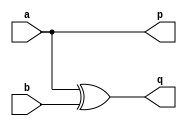
`timescale 1ns / 1ps
//////////////////////////////////////////////////////////////////////////////////
// Company:  KJSCE BE Project
// 
// Design Name: 
// Module Name: gates
// Project Name: 1 Bit ALU_Rev Gates 
// Target Devices: N/A 
// Tool Versions: 
// Description: 
// 
// Dependencies: 
// 
// Revision:
// Revision 0.01 - File Created
// Additional Comments:
// 
//////////////////////////////////////////////////////////////////////////////////

module  feyGate(a, b, p, q);
	input a,b;
	output p,q;
	assign p=a;
	assign q=a^b;
endmodule

module fredGate (a,b,c,p,q,r);
	input a,b,c;
	output p,q,r;
	assign p=a;
	assign q=((~a)&b)^(a&c);
	assign r=((~a)&c)^(a&b);
endmodule

module tofGate (a,b,c,p,q,r);
	input a,b,c;
	output p,q,r;	
	assign p=a;
	assign q=b;
	assign r=(a&b)^c;
endmodule

module dpgGate(a,b,c,d,p,q,r,s);
	input a,b,c,d;
	output p,q,r,s;	
	assign p=a;
	assign q=(a^b);
	assign r=(a^b^c);
	assign s=(((a^b)&c)^((a&b)^d));
endmodule

module dkgGate(a,b,c,d,p,q,r,s);
	input a,b,c,d;
	output p,q,r,s;	
	assign p=a;
	assign q=((~a)&c)^(a&(~d));
	assign r=((a^b)&(c^d)^(c&d));
	assign s=b^c^d;
endmodule